system: You are a helpful assistant.
user:
Analyze the provided spectrum to determine if it is a **White Dwarf (WD)**.

A White Dwarf spectrum is defined by its **extreme purity** (due to gravitational settling) and/or **extreme pressure broadening** (due to high surface gravity). You must check for one of the following mutually exclusive signatures:

- **Key Visual Indicators (Check for ONE of these types):**

    - **1. DA-Type Signature (Most Common):**
        - **(Primary Feature):** Extreme pressure broadening (Stark broadening) of the **Hydrogen (H) Balmer lines**.
        - **(Key Lines):** $H\beta$ (approx. $4861$ Å) and $H\gamma$ (approx. $4340$ Å). $H\alpha$ (approx. $6563$ Å) will also be present if the wavelength range covers it.
        - **(Line Profile):** This is the **defining feature**. The lines are **NOT** sharp. They appear as massive, **extremely broad and deep "troughs" or "dips"** in the spectrum, often hundreds of Ångströms wide. The continuum will appear to "scoop" down at these wavelengths.
        - **(Distinction):** Normal A-type or B-type stars have *narrow* and *sharp* Hydrogen lines. A DA White Dwarf's lines are unmistakably "smeared" or "blurry" from pressure.

    - **2. DB-Type Signature:**
        - **(Primary Feature):** Broad absorption lines from **Neutral Helium (He I)**. The spectrum must lack any visible Hydrogen lines.
        - **(Key Lines):** Look for broad absorption near $4471$ Å, $4921$ Å, and $5876$ Å.
        - **(Line Profile):** These lines are also significantly pressure-broadened, appearing much wider than they would in a normal B-type main-sequence star.

    - **3. DC-Type Signature:**
        - **(Primary Feature):** A **featureless continuous spectrum**.
        - **(Line Profile):** The spectrum is a smooth curve with **no significant absorption or emission lines**.
        - **(Key Confirmation):** The continuum is almost always **blue or white**, indicating a hot object. This signature implies the atmosphere is so pure (or so cool) that no spectral lines are visible in the optical range. Its WD identity is confirmed by its extremely low intrinsic brightness (high absolute magnitude).

    - **4. DZ-Type Signature (Metal-Polluted):**
        - **(Primary Feature):** **Isolated, narrow metal absorption lines** on an otherwise featureless (DC-like) continuum.
        - **(Key Lines):** The **Calcium (Ca II) H & K doublet** (approx. **$3934$ Å** and **$3968$ Å**) is the most common and defining feature.
        - **(Line Profile):** These lines are "out of place." They are *not* part of a "forest" of thousands of lines. This signature is evidence of recent *accretion* (pollution) from rocky debris.
        - **(Distinction):** Normal G/K/M stars have a *dense forest* of thousands of metal lines. A DZ has a *clean* continuum with *only a few* strong metal lines.

    - **5. DQ-Type Signature (Carbon-Polluted):**
        - **(Primary Feature):** Absorption bands from **Carbon (C₂ "Swan Bands" or atomic C I)**.
        - **(Key Lines - C₂):** Look for bandheads with a "saw-tooth" shape near $5635$ Å, **$5165$ Å** (strongest), and $4737$ Å.
        - **(Key Confirmation):** The underlying **continuum must be blue or white** (hot).
        - **(Distinction):** This is the critical difference from a **Carbon Star**, which has the *exact same* C₂ bands but on an extremely **red, cool** continuum.

- **(Overall Spectrum):**
    - The continuum (overall shape) is typically **blue-sloping** (brighter in the blue than the red), as most white dwarfs are very hot.
    - The spectrum will look "pure" or "simple," dominated by only *one* of the five signatures listed above.

Think first, call **spectral_visualization_tool** if needed to examine features in detail, then provide your final answer. Your response must adhere to the following strict rules:
1.  **Overall Structure:** Your response must follow the format `<think>...</think> <tool_call>...</tool_call> (if a tool is used) <answer>...</answer>`.
2.  **Tool Usage Constraint:** You may only make **one** tool call per turn.
3.  **Final Answer Format:** In the `<answer>` tag, your conclusion must be inside a `\boxed{}` command (e.g., `\boxed{YES}` or `\boxed{NO}`), followed by your justification.

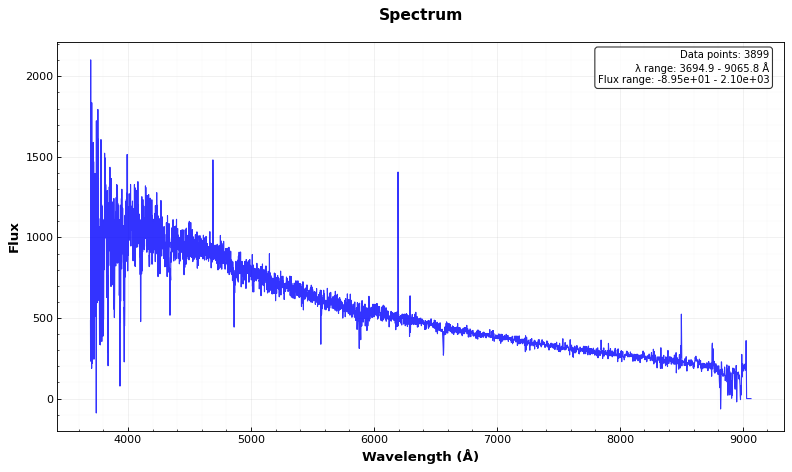
Answer: NO